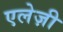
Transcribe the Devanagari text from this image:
एलेज़ी